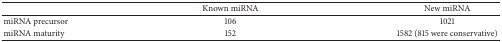
|  | Known miRNA | New miRNA |
 | --- | --- | --- |
 | miRNA precursor | 106 | 1021 |
 | miRNA maturity | 152 | 1582 (815 were conservative) |